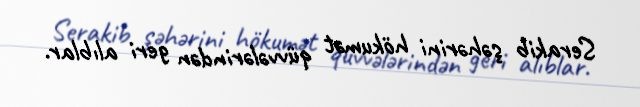
Serakib şəhərini hökumət qüvvələrindən geri alıblar.